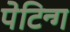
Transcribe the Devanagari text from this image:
पेटिन्ग